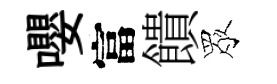
嚶富饋眾